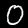
Digit: 0